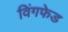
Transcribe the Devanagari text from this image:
विंगफेड